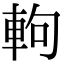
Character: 軥